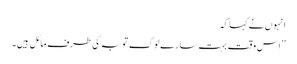
انہوں نے کہا کہ
’’اس وقت بہت سارے لوگ توبہ کی طرف مائل ہیں۔